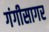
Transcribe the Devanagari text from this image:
गंगीसागर